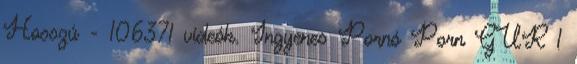
Hosszú - 106371 videók. Ingyenes Pornó Porn GUR 1